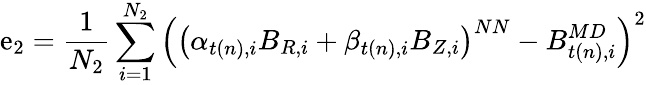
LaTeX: \mathrm{e}_{2}=\frac{{1}}{{N_{2}}}\sum_{i=1}^{N_{2}}\left(\left(\alpha_{t(n),i}B_{R,i}+\beta_{t(n),i}B_{Z,i}\right)^{NN}-B_{t(n),i}^{MD}\right)^{2}